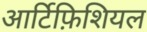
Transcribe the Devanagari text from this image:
आर्टिफ़िशियल